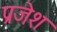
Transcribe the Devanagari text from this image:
प्रजेश